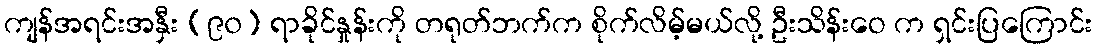
ကျန်အရင်းအနှီး (၉၀) ရာခိုင်နှုန်းကို တရုတ်ဘက်က စိုက်လိမ့်မယ်လို့ ဦးသိန်းဝေ က ရှင်းပြကြောင်း